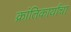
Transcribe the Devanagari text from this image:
क्रांतिकार्यांचा